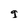
Character: g